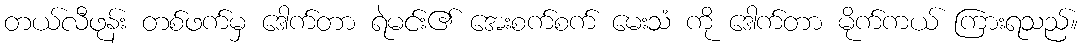
တယ်လီဖုန်း တစ်ဖက်မှ ဒေါက်တာ ရဲမင်း၏ အေးစက်စက် မေးသံ ကို ဒေါက်တာ မိုက်ကယ် ကြားရသည်။